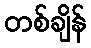
တစ်ချိန်